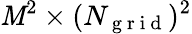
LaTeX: \mathit{M}^{2}\times(N_{{\mathrm{{~g~r~i~d~}}}})^{2}